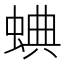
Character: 𧌎